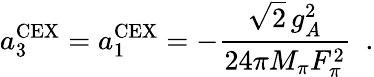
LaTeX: a_{3}^{\mathrm{CEX}}=a_{1}^{\mathrm{CEX}}=-\frac{\sqrt{2}\, g_{A}^{2}}{24\pi M_{\pi}F_{\pi}^{2}}\, \, \, .